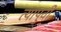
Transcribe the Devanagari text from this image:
त्यापुर्वी